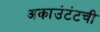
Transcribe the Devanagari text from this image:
अकाउंटंटची